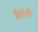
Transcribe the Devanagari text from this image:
घेवोनी